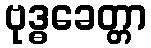
ဗုဒ္ဓခေတ္တာ